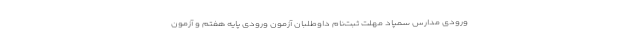
ورودی مدارس سمپاد مهلت ثبت‌نام داوطلبان آزمون ورودی پایه هفتم و آزمون